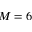
M = 6